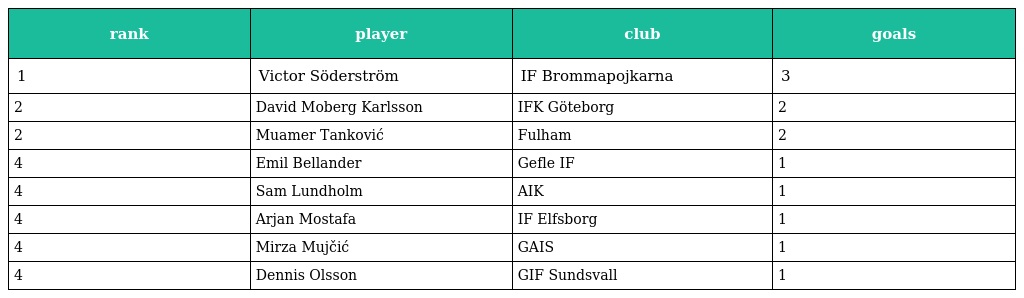
| rank | player | club | goals |
 | --- | --- | --- | --- |
 | 1 | Victor Söderström | IF Brommapojkarna | 3 |
 | 2 | David Moberg Karlsson | IFK Göteborg | 2 |
 | 2 | Muamer Tanković | Fulham | 2 |
 | 4 | Emil Bellander | Gefle IF | 1 |
 | 4 | Sam Lundholm | AIK | 1 |
 | 4 | Arjan Mostafa | IF Elfsborg | 1 |
 | 4 | Mirza Mujčić | GAIS | 1 |
 | 4 | Dennis Olsson | GIF Sundsvall | 1 |